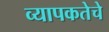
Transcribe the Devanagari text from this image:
व्यापकतेचे